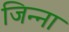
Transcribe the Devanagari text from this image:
जिन्‍ना